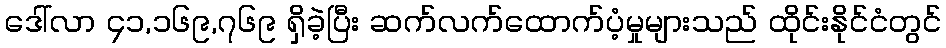
ဒေါ်လာ ၄၁,၁၆၉,၇၆၉ ရှိခဲ့ပြီး ဆက်လက်ထောက်ပံ့မှုများသည် ထိုင်းနိုင်ငံတွင်